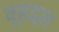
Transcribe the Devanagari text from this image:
वृहदल